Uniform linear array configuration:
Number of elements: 4
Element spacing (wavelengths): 0.75
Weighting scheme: kaiser
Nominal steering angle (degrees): -30
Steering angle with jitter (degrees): -29.016
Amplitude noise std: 0.05
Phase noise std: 0.05

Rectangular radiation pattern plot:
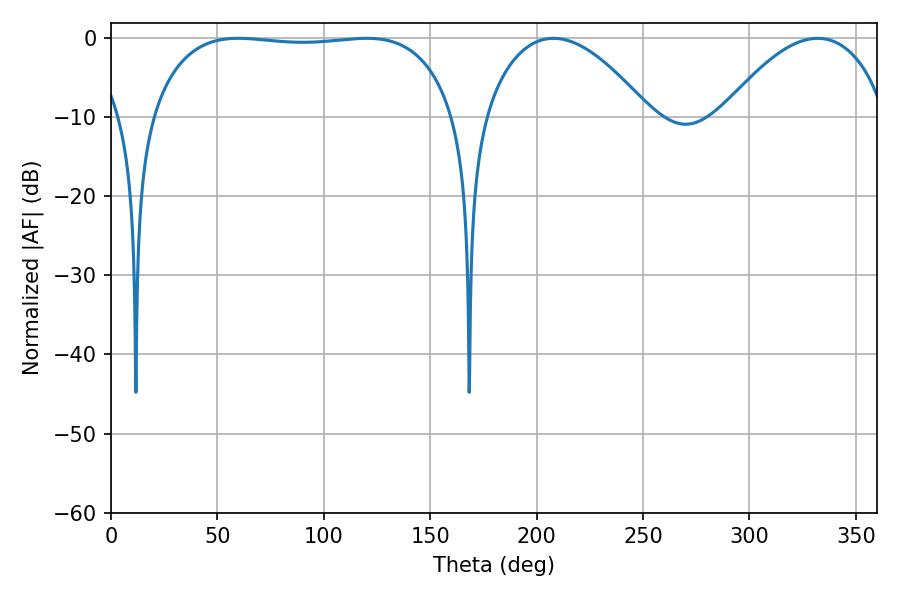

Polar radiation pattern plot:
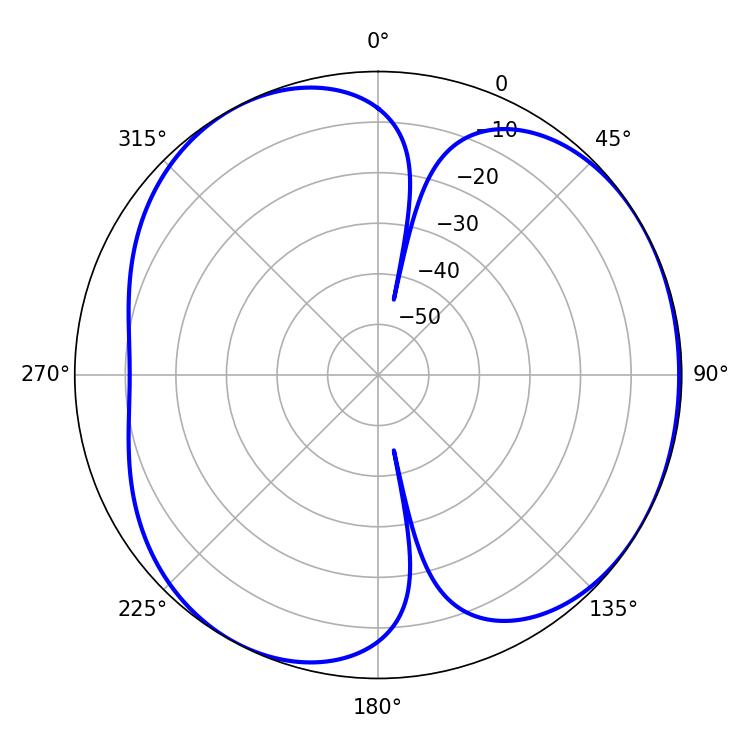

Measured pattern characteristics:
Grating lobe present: TRUE
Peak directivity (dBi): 4.352
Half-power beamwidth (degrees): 43.02
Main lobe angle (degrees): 207.9